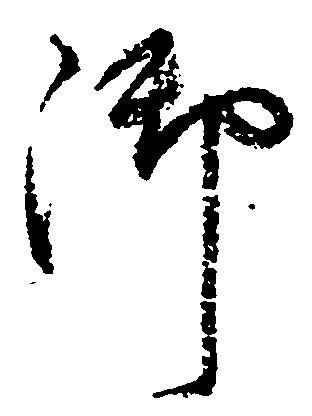
御